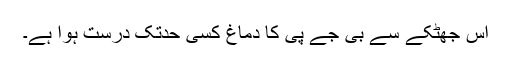
اس جھٹکے سے بی جے پی کا دماغ کسی حدتک درست ہوا ہے۔